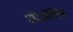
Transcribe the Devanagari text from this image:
ओॲसिस